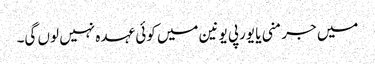
میں جرمنی یا یورپی یونین میں کوئی عہدہ نہیں لوں گی۔